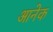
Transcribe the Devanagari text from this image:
आनेक